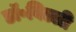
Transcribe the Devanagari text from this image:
डॉ॰विल्ली